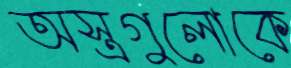
অস্ত্রগুলোকে